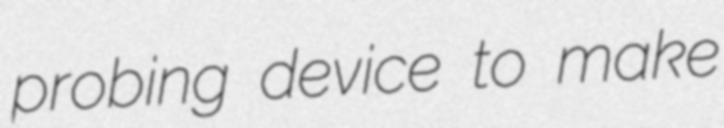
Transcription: probing device to make